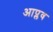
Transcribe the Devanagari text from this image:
आप्लव